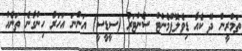
ތަމްރީން ދޭ ކެއާ ޑިވެލޮޕްމެންޓް ސެންޓަރު (ސީޑީސީ) އަންނަ އަހަރު ހިންގާނެ ތަނެއް